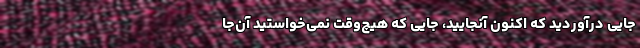
جایی درآوردید که اکنون آنجایید، جایی که هیچ‌وقت نمی‌خواستید آن‌جا